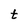
Character: t